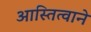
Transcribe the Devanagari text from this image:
आस्तित्वाने